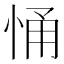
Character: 悀